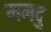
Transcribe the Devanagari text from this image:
ममदु